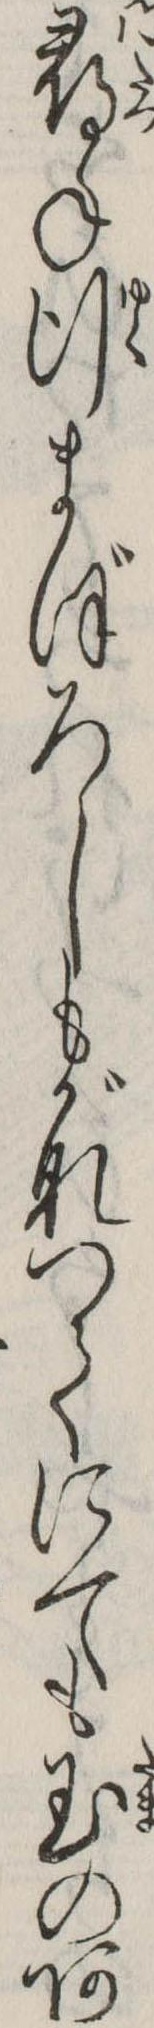
尋ね行まぼろしもがなつてにても玉のあ